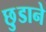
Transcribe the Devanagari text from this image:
छ़ुडाने